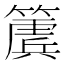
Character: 𮆔